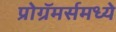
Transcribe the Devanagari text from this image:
प्रोग्रॅमर्समध्ये